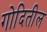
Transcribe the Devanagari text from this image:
गोदितील